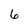
Character: 6